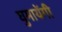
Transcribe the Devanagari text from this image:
घुमायेंगी